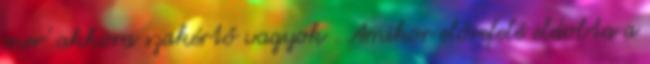
mer' akkora szakértő vagyok . Amikor előrefelé eldobta a